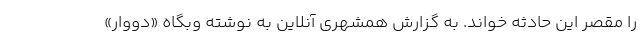
را مقصر این حادثه خواند. به گزارش همشهری آنلاین به نوشته وبگاه «دووار»